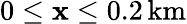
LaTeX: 0\leq\mathbf{x}\leq0.2\, \mathrm{{km}}